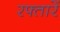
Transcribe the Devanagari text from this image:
रफ्तारें